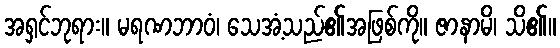
အရှင်ဘုရား။ မရဏဘာဝံ၊ သေအံ့သည်၏အဖြစ်ကို။ ဇာနာမိ၊ သိ၏။